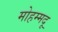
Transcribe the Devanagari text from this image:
मोहम्मदू